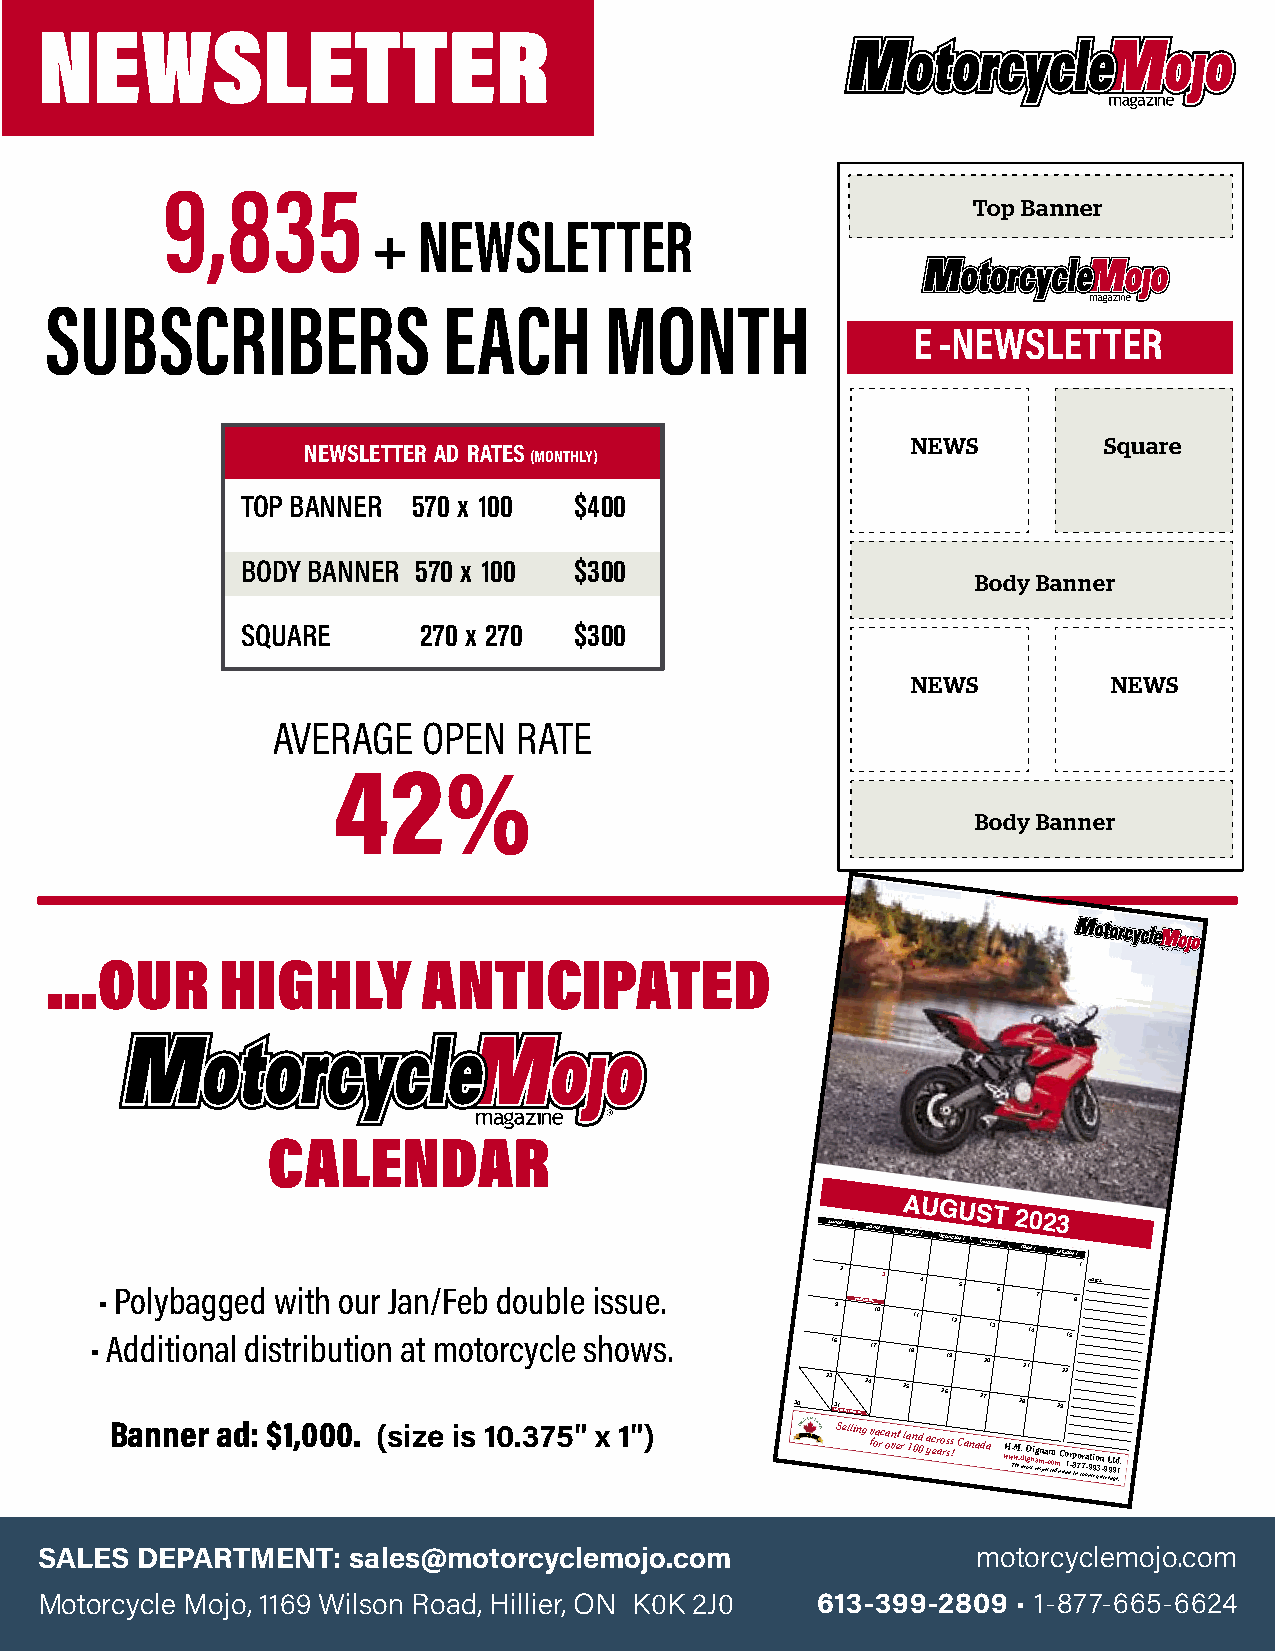
NEWSLETTER
 9,835
 Top Banner
 +  NEWSLETTER
 SUBSCRIBERS               EACH       MONTH
 E -NEWSLETTER
 NEWS         Square
 NEWSLETTER AD RATES
 (MONTHLY)
 TOP BANNER 570 x 100  $400
 BODY BANNER 570 x 100 $300                      Body Banner
 Body Banner
 SQUARE      270 x 270 $300
 NEWS          NEWS
 AVERAGE   OPEN  RATE
 42%
 BBooddyy BBaannnneerr
 ...OUR      HIGHLY       ANTICIPATED
 CALENDAR
 ••
 A
 P do dly itb ioa ng ag le dd
 i
 sw tri it bh
 u
 o tiu or
 n
 J a an
 t
 / mFe ob
 to
 d rco yu cb lele
 s
 i hss ou we s.
 .
 30
 2S 31U 6N
 3M
 9
 OD
 1J
 OA
 2
 Y
 F R EE RI
 DEC I DV AIC
 Y
 H
 2OM
 L 4I
 1O
 D
 AN
 7Y
 1D A 0A Y
 3
 UA 2T 5U 1G E 8S
 1
 D 1A U Y
 4
 U G W 2ES 6D
 1
 N 91E S 2U D T 5AY S 2 T 2H 72U R 010 S T 3D A 6Y 2 2 1 2F 82R I0 1D
 1
 A 4Y
 7
 2 3 S 2A 9T
 2
 U 21R D 5A 8Y
 1
 NOTSTA u EKu b Smgu its tt ed by TK
 Banner ad: $1,000. (size is 10.375" x 1")       Selling fv oa rc a on vet rl a 1n 0d 0 a yc er ao rs ss ! Canada wH w. TwM he. d. m iD og sn ti ag remn spa . ec cm to em d C n a o m1r - e 8p in7o c7r oa u-9 nt ti 9 ro y3 n a- c9 rL e9 at 9 gd e1 ..
 SALES  DEPARTMENT:   sales@motorcyclemojo.com                  m o t o r c y c l e m ojo.com
 Motorcycle Mojo, 1169 Wilson Road, Hillier, ON K0K 2J0 613-399-2809 • 1-877-665-6624